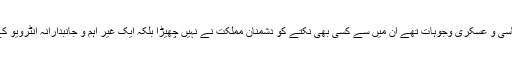
سعودی ولی عہد کے اس یادگار امریکی دورے کے جو اہم مقاصد، اہداف، ایشوز اور بنیادی اقتصادی، سیاسی و عسکری وجوہات تھے ان میں سے کسی بھی نکتے کو دشمنان مملکت نے نہیں چھیڑا بلکہ ایک غیر اہم و جانبدارانہ انٹرویو کے غیر اہم ایشوز کو اپنے مقصد برآری کی خاطر سیاق و سباق سے عبارت کو توڑ مروڑ کر ہی پیش کیا۔